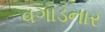
વગાડનાર